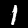
Label: 1